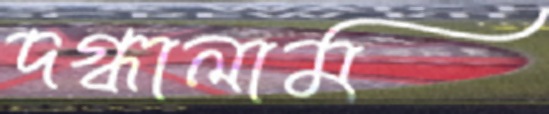
দগ্ধালাম